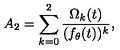
A _ { 2 } = \sum _ { k = 0 } ^ { 2 } { \frac { \Omega _ { k } ( t ) } { ( f _ { \theta } ( t ) ) ^ { k } } } ,